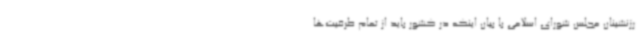
رزنشینان مجلس شورای اسلامی با بیان اینکه در کشور باید از تمام ظرفیت‌ها